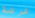
عرضة